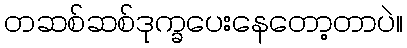
တဆစ်ဆစ်ဒုက္ခပေးနေတော့တာပဲ။